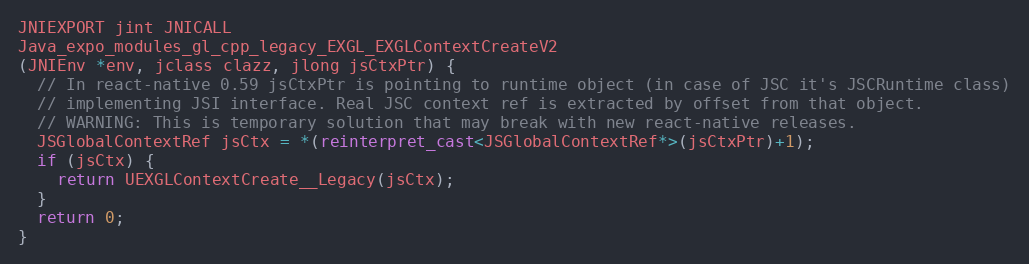
Language: C++
JNIEXPORT jint JNICALL
Java_expo_modules_gl_cpp_legacy_EXGL_EXGLContextCreateV2
(JNIEnv *env, jclass clazz, jlong jsCtxPtr) {
  // In react-native 0.59 jsCtxPtr is pointing to runtime object (in case of JSC it's JSCRuntime class)
  // implementing JSI interface. Real JSC context ref is extracted by offset from that object.
  // WARNING: This is temporary solution that may break with new react-native releases.
  JSGlobalContextRef jsCtx = *(reinterpret_cast<JSGlobalContextRef*>(jsCtxPtr)+1);
  if (jsCtx) {
    return UEXGLContextCreate__Legacy(jsCtx);
  }
  return 0;
}